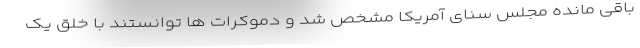
باقی مانده مجلس سنای آمریکا مشخص شد و دموکرات ها توانستند با خلق یک